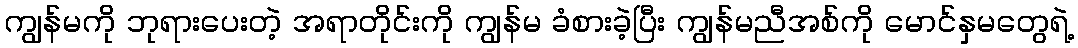
ကျွန်မကို ဘုရားပေးတဲ့ အရာတိုင်းကို ကျွန်မ ခံစားခဲ့ပြီး ကျွန်မညီအစ်ကို မောင်နှမတွေရဲ့